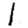
Digit: 1